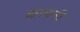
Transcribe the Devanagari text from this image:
कायनी